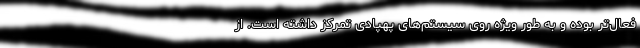
فعال‌تر بوده و به طور ویژه روی سیستم‌های پهپادی تمرکز داشته است. از